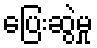
ပြေးဆွဲမှု